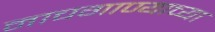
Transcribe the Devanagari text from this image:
नाचगाण्याच्या